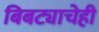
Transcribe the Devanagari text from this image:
बिबट्याचेही